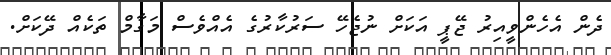
ދެން އެހެންވީއިރު ޖޭޕީ އަކަށް ނުޖެހޭ ސަރުކާރުގެ އެއްްވެސް މަގާމް ތަކެއް ދޭކަށް.